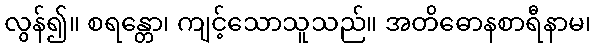
လွန်၍။ စရန္တော၊ ကျင့်သောသူသည်။ အတိဓောနစာရီနာမ၊